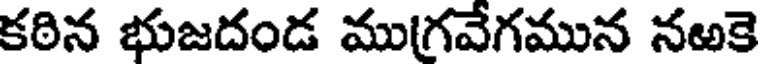
కఠిన భుజదండ ముగవేగమున నఱకె